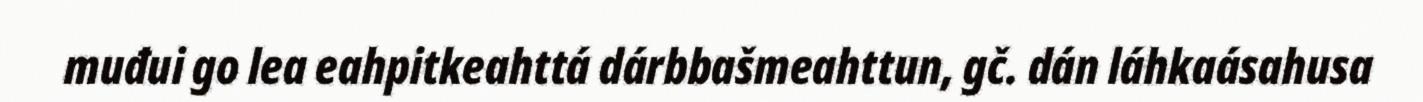
muđui go lea eahpitkeahttá dárbbašmeahttun, gč. dán láhkaásahusa